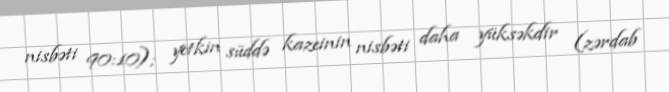
nisbəti 90:10); yetkin süddə kazeinin nisbəti daha yüksəkdir (zərdab